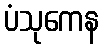
ပံသုကေန